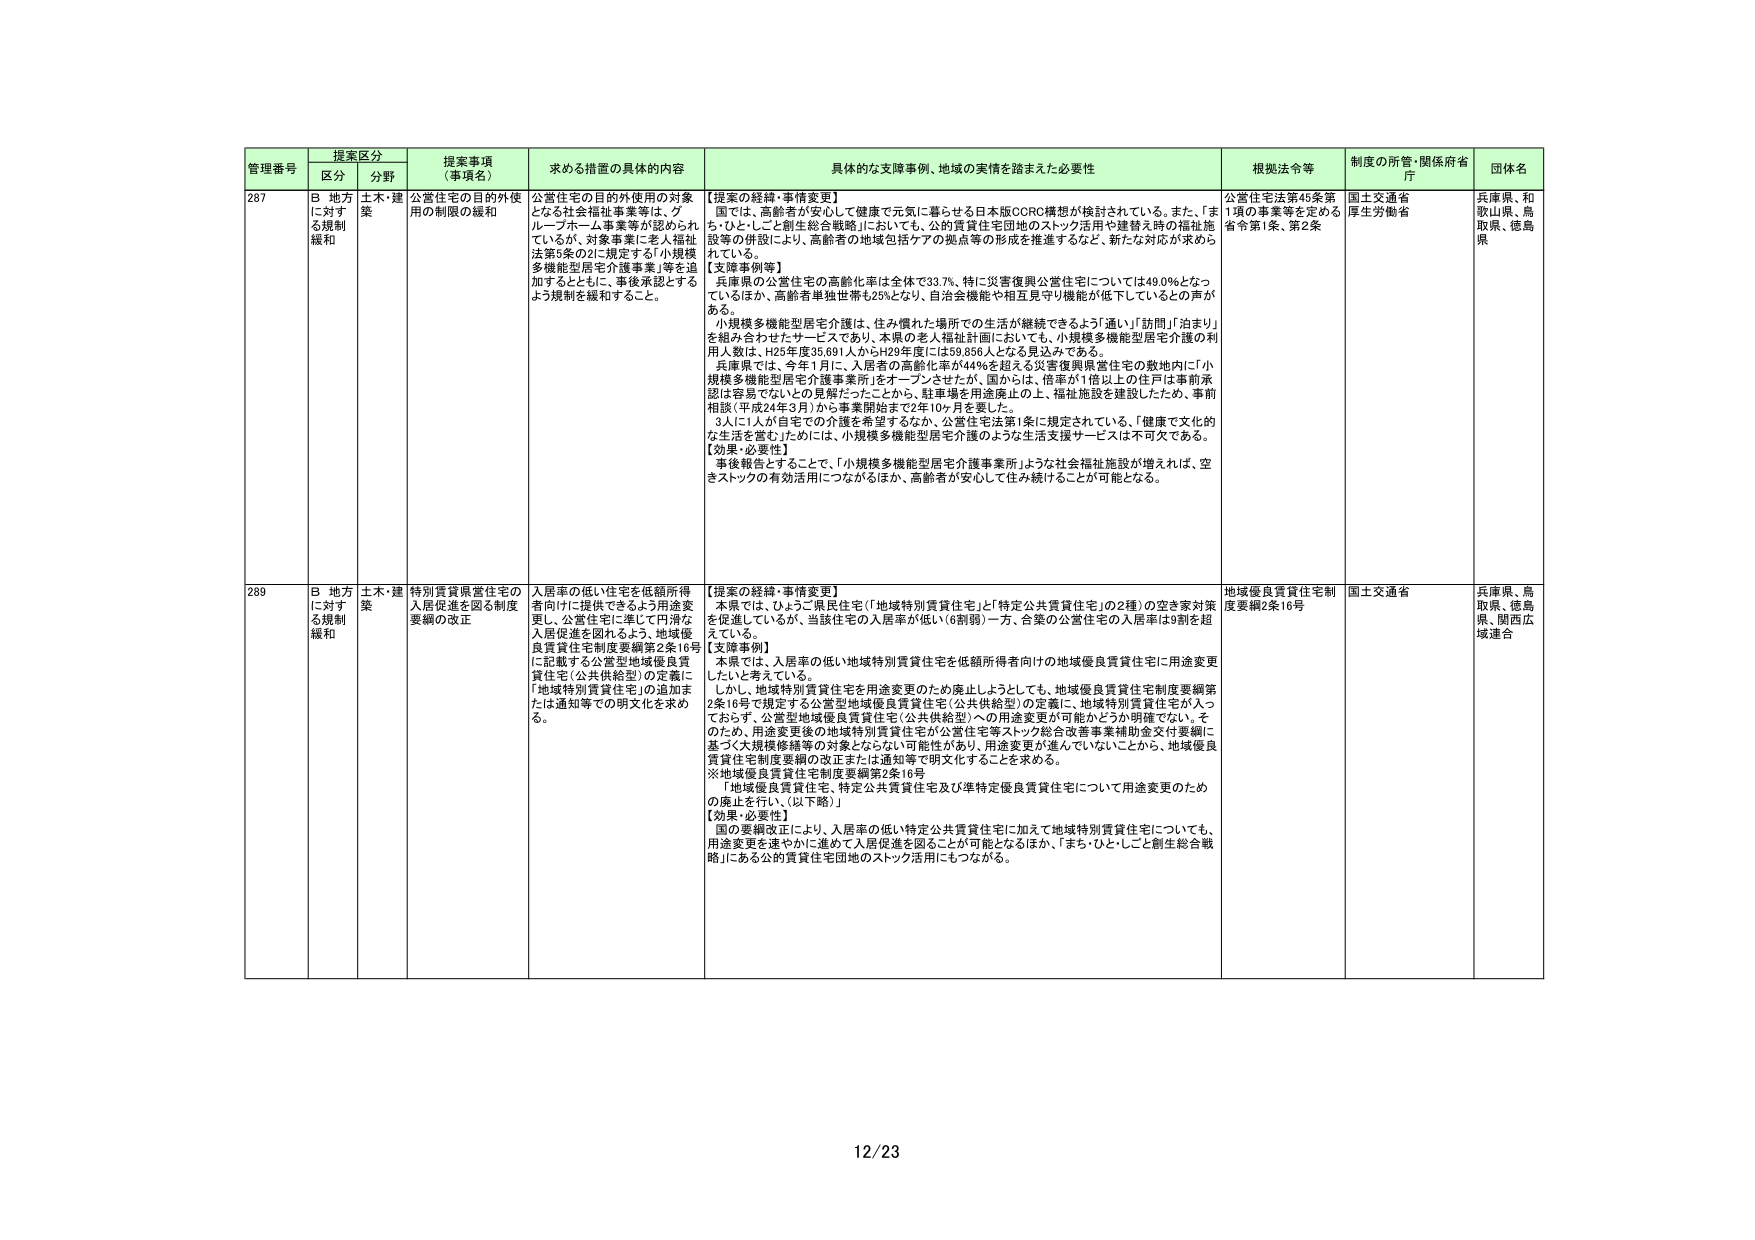
管理番号 提案区分 提案事項（事項名） 求める措置の具体的内容 具体的な支援事例、地域の実情を踏まえた必要性 根拠法令等 制度の所管・関係府省庁 団体名
区分 分野
287 B 地方に対する規制緩和 土木・建築 公営住宅の目的外使用の制限の緩和 公営住宅の目的外使用の対象となる社会福祉事業等は、グループホーム事業等が認められているが、対象事業に老人福祉法第3条の2に規定する「小規模多機能型居宅介護事業」等を追加するとともに、事後承認とするよう規制を緩和すること。 【提案の経緯・事情変更】 国では、高齢者が安心して健康で元気に暮らせる日本版CCRC構想が検討されている。また、「まち・ひと・こと創生総合戦略」においても、公的賃貸住宅団地のストック活用や建替え時の福祉施設等の併設により、高齢者の地域包括ケアの拠点等の形成を推進するなど、新たな対応が求められている。 【支援事例等】 兵庫県の公営住宅の高齢化率は全体で33.7%、特に災害復興公営住宅については49.0%となっているほか、高齢者単独世帯も25%となり、自治会機能や相互見守り機能が低下しているとの声がある。 小規模多機能型居宅介護は、住み慣れた場所での生活が継続できるよう「通い」「訪問」「泊まり」を組み合わせたサービスであり、本県の老人福祉計画においても、小規模多機能型居宅介護の利用人数は、H25年度35,691人からH29年度には59,856人となる見込みである。 兵庫県では、今年1月に、入居者の高齢化率が44%を超える災害復興県営住宅の敷地内に「小規模多機能型居宅介護事業所」をオープンさせたが、国からは、倍率が1倍以上の住戸は事前承認が容易でないとの見解だったことから、駐車場を用途廃止の上、福祉施設を建設したため、事前相談（平成24年3月）から事業開始まで2年10ヶ月を要した。 3人に1人が自宅での介護を希望するなか、公営住宅法第1条に規定されている、「健康で文化的な生活を営む」ためには、小規模多機能型居宅介護のような生活支援サービスは不可欠である。 【効果・必要性】 事後報告とすることで、「小規模多機能型居宅介護事業所」ような社会福祉施設が増えれば、空きストックの有効活用につながるほか、高齢者が安心して住み続けることが可能となる。 公営住宅法第45条第1項の事業等を定める省令第1条、第2条 国土交通省 厚生労働省 兵庫県、和歌山県、鳥取県、徳島県
289 B 地方に対する規制緩和 土木・建築 特別賃貸県営住宅の入居促進を図る制度要綱の改正 入居率の低い住宅を低額所得者向けに提供できるよう用途変更し、公営住宅に準じて円滑な入居促進を図れるよう、地域優良賃貸住宅制度要綱第2条16号に記載する公営型地域優良賃貸住宅（公共供給型）の定義に「地域特別賃貸住宅」の追加または通知等での別文化を求めた。 【提案の経緯・事情変更】 本県では、ひょうご県民住宅（「地域特別賃貸住宅」＋「特定公共賃貸住宅」の2種）の空き家対策を促進しているが、当該住宅の入居率が低い（6割弱）一方、合築の公営住宅の入居率は9割を超えている。 【支援事例】 本県では、入居率の低い地域特別賃貸住宅を低額所得者向けの地域優良賃貸住宅に用途変更したいと考えている。 しかし、地域特別賃貸住宅を用途変更のため廃止しようとしても、地域優良賃貸住宅制度要綱第2条16号で規定する公営型地域優良賃貸住宅（公共供給型）の定義に、地域特別賃貸住宅が入っておらず、公営型地域優良賃貸住宅（公共供給型）への用途変更が可能かどうか明確でない。そのため、用途変更後の地域特別賃貸住宅が公営住宅等ストック総合改善事業補助金交付要綱に基づく大規模修繕等の対象とならない可能性があり、用途変更が進んでいないことから、地域優良賃貸住宅制度要綱の改正または通知等で明文化することを求める。 ※地域優良賃貸住宅制度要綱第2条16号 「地域優良賃貸住宅、特定公共賃貸住宅及び準特定優良賃貸住宅について用途変更のための廃止を行い、（以下略）」 【効果・必要性】 国の要綱改正により、入居率の低い特定公共賃貸住宅に加えて地域特別賃貸住宅についても、用途変更を速やかに進めて入居促進を図ることが可能となるほか、「まち・ひと・こと創生総合戦略」にある公的賃貸住宅団地のストック活用にもつながる。 地域優良賃貸住宅制度要綱2条16号 国土交通省 兵庫県、鳥取県、徳島県、関西広域連合
12/23